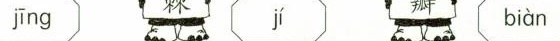
jīng jí biàn